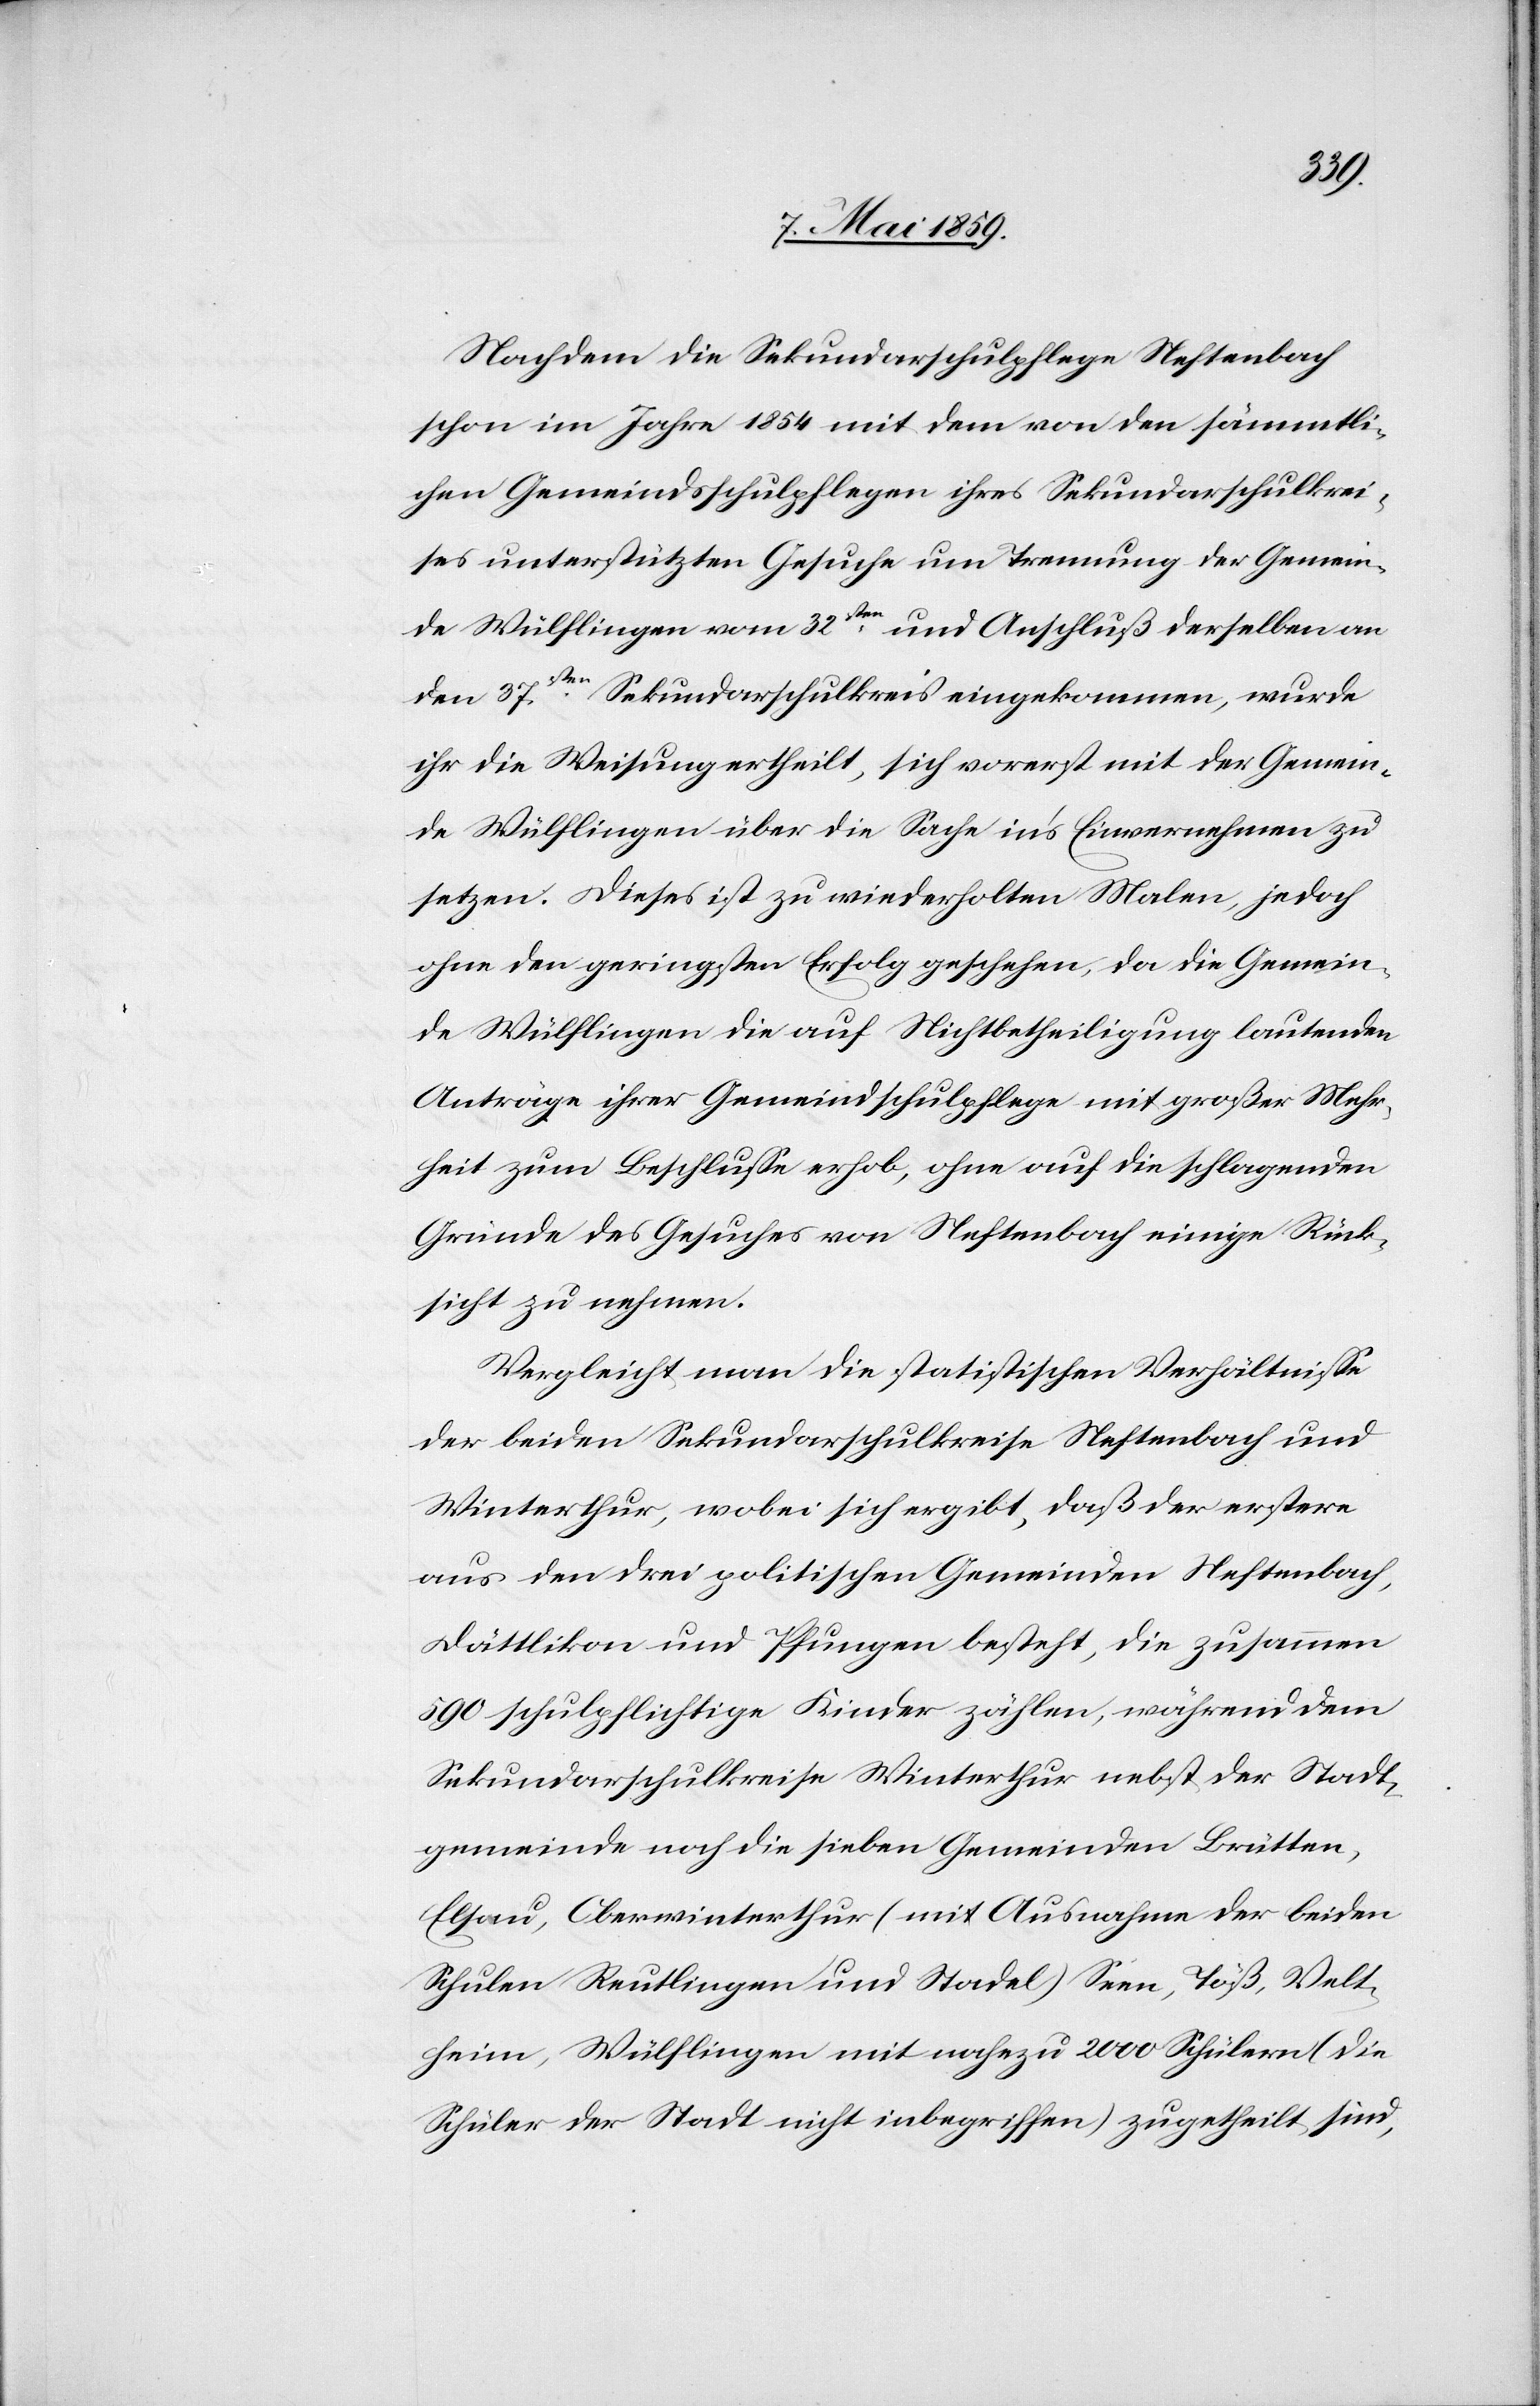
Nachdem die Sekundarschulpflege Neftenbach
schon im Jahre 1854 mit dem von den sämmtli¬
chen Gemeindsschulpflegen ihres Sekundarschulkrei¬
ses unterstützten Gesuche um Trennung der Gemein¬
de Wülflingen vom 32sten und Anschluß derselben an
den 37sten Sekundarschulkreis eingekommen, wurde
ihr die Weisung ertheilt, sich vorerst mit der Gemein¬
de Wülflingen über die Sache ins Einvernehmen zu
setzen. Dieses ist zu wiederholten Malen, jedoch
ohne den geringsten Erfolg geschehen, da die Gemein¬
de Wülflingen die auf Nichtbetheiligung lautenden
Anträge ihrer Gemeindschulpflege mit großer Mehr¬
heit zum Beschluße erhob, ohne auf die schlagenden
Gründe des Gesuches von Neftenbach einige Rück¬
sicht zu nehmen.
Vergleicht man die statistischen Verhältniße
der beiden Sekundarschulkreise Neftenbach und
Winterthur, wobei sich ergibt, daß der erstere
aus den drei politischen Gemeinden Neftenbach,
Dättlikon und Pfungen besteht, die zusammen
590 schulpflichtige Kinder zählen, während dem
Sekundarschulkreise Winterthur nebst der Stadt¬
gemeinde noch die sieben Gemeinden Brütten,
Elsau, Oberwinterthur (mit Ausnahme der beiden
Schulen Reutlingen und Stadel) Senn, Töß, Velt¬
heim, Wülflingen mit nahezu 2000 Schülern (die
Schüler der Stadt nicht inbegriffen) zugetheilt sind,